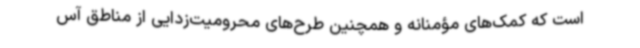
است که کمک‌های مؤمنانه و همچنین طرح‌های محرومیت‌زدایی از مناطق آس